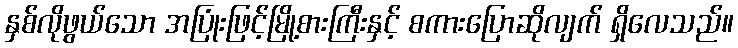
နှစ်လိုဖွယ်သော အပြုံးဖြင့်မြို့စားကြီးနှင့် စကားပြောဆိုလျက် ရှိလေသည်။